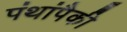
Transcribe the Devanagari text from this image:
पंथांपैकी